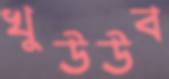
খুউউব